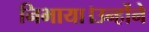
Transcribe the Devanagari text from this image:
निभाया।उन्होंने